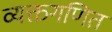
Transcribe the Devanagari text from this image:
व्यक्तगणित